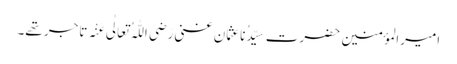
امیرالمؤمنین حضرت سیِّدُناعثمان غنی رَضِیَ اللّٰہُ تَعَالٰی عَنْہ تاجر تھے۔